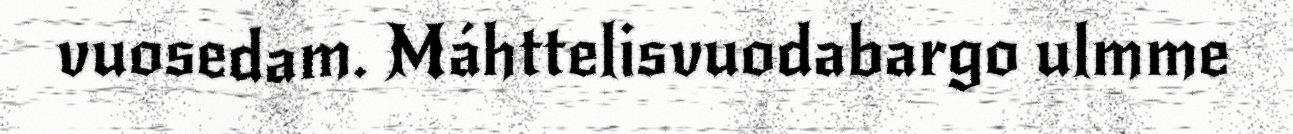
vuosedam. Máhttelisvuodabargo ulmme